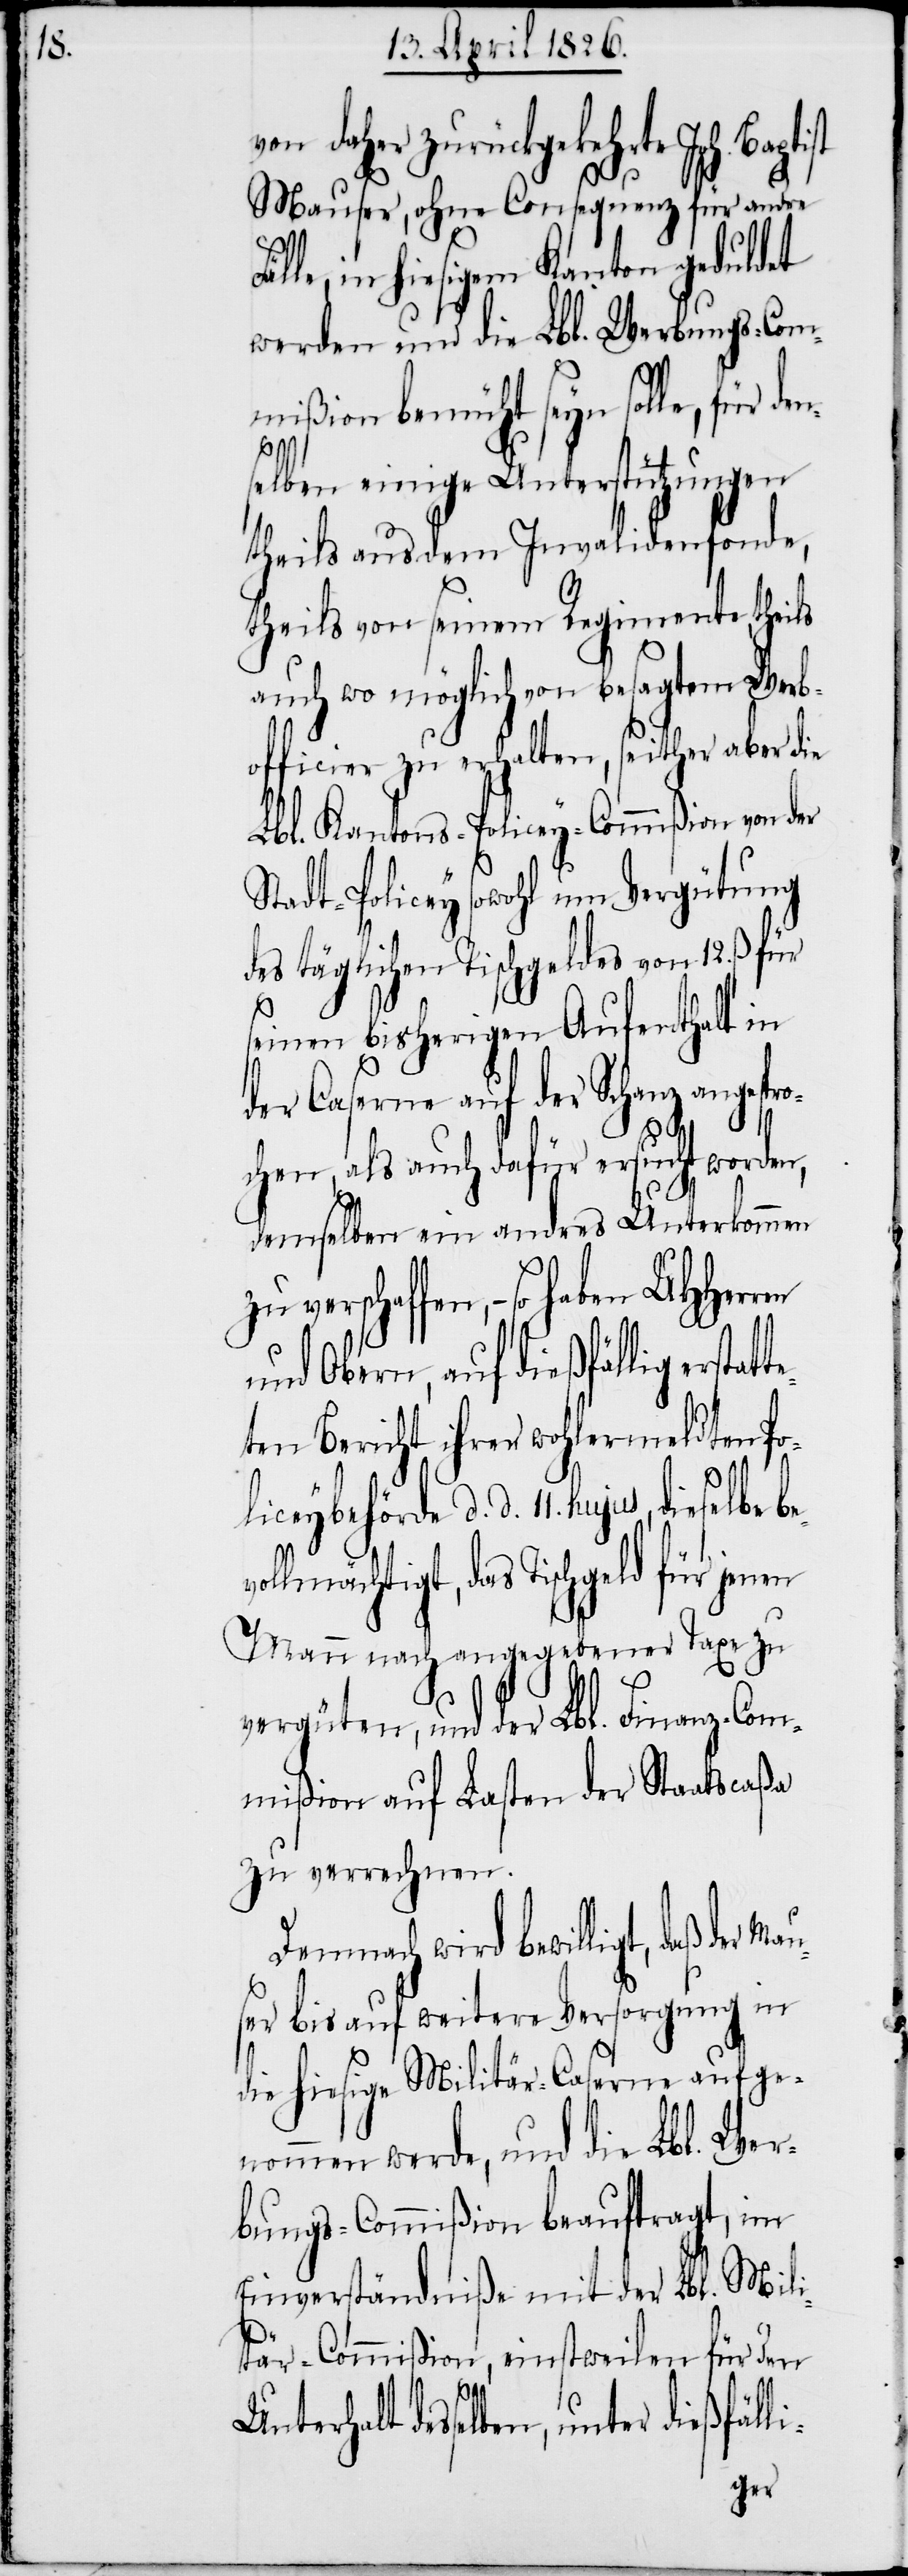
on daher zurückgekehrte Joh. Ba¬
Mauser, ohne Consequenz für andre
le, in hiesigem Kanton geduldet
werden und die Lbl. Werbungs-Com¬
mißion bemüht seyn solle, für de¬
li-
selben einige Unterstützungen
theils aus dem Invalidenfonde,
theils von seinem Regimente, theils
auch wo möglich von besagtem Werb¬
officier zu erhalten, seither aber die
Lbl. Kantons-Policey-Commißion von der
Stadt-Policey sowohl um Vergütung
des täglichen Tischgeldes von 12. ß
seinen bisherigen Aufenthalt in
der Caserne auf der Schanz angespr¬
en
der Mau¬
ochen, als auch dafür ersucht worden,
demselben ein andres Unterkommen
zu verschaffen, – so haben
und Obern, auf dießfällig erstat¬
ten Bericht ihrer wohlermeldten Po¬
liceybehörde d. d. 11. hujus, dieselbe
lmächtigt, das Tischgeld für jen¬
Mann nach angegebener Taxe zu
vergüten, und der Lbl. Finanz-Com¬
mißion auf Lasten der Staatscaßa
zu verrechnen.
Demnach wird bewilligt, daß
ser bis auf weitere Versorgung in
die hiesige Militär-Caserne aufge¬
nommen werde, und die Lbl. Wer¬
bungs-Commißion beauftragt, im
Einverständniße mit der Lbl. Mili¬
tär-Commißion, einstweilen für den
Unterhalt desselben, unter dießfäl¬